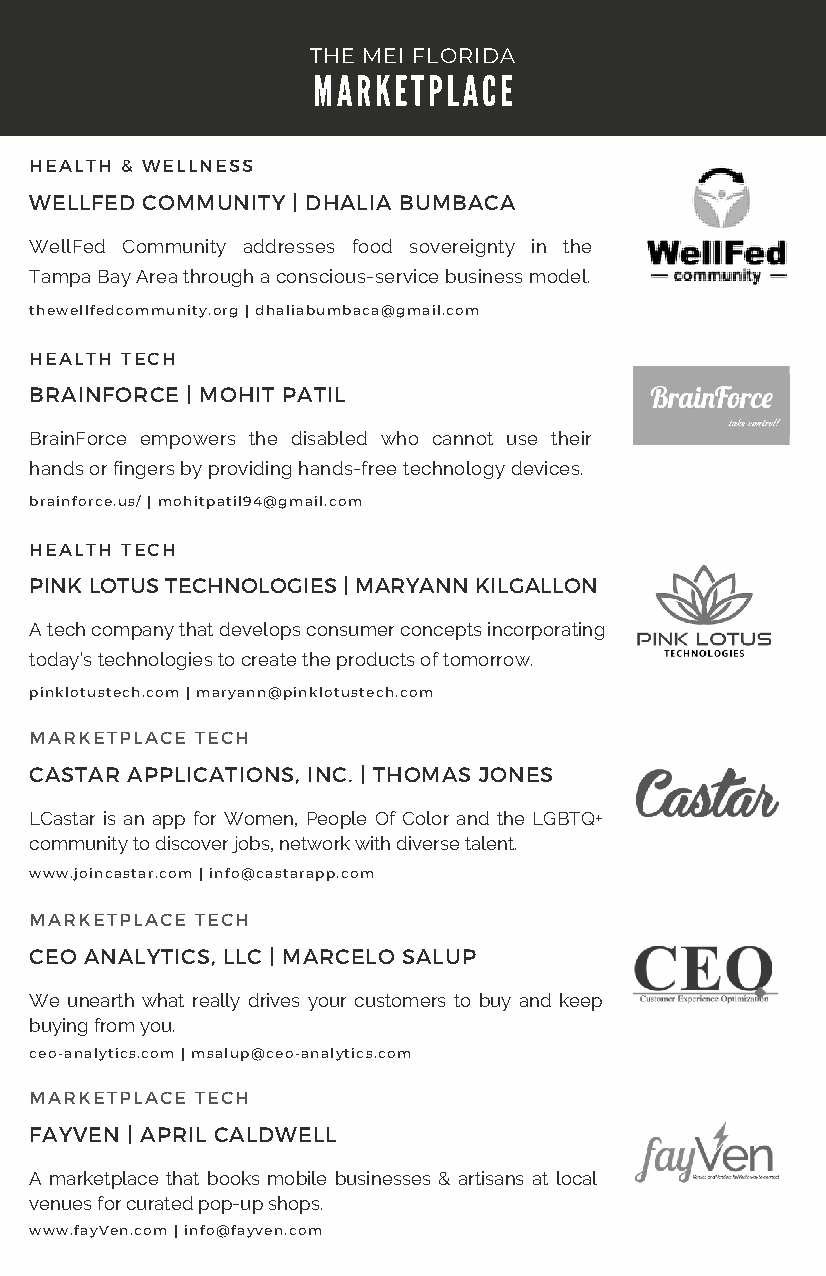
THE MEI FLORIDA
 MARKETPLACE
 HEALTH & WELLNESS
 WELLFED COMMUNITY | DHALIA BUMBACA
 WellFed Community addresses food sovereignty in the
 Tampa Bay Area through a conscious-service business model.
 thewellfedcommunity.org | dhaliabumbaca@gmail.com
 HEALTH TECH
 BRAINFORCE | MOHIT PATIL
 BrainForce empowers the disabled who cannot use their
 hands or fingers by providing hands-free technology devices.
 brainforce.us/ | mohitpatil94@gmail.com
 HEALTH TECH
 PINK LOTUS TECHNOLOGIES | MARYANN KILGALLON
 A tech company that develops consumer concepts incorporating
 today’s technologies to create the products of tomorrow.
 pinklotustech.com | maryann@pinklotustech.com
 MARKETPLACE TECH
 CASTAR APPLICATIONS, INC. | THOMAS JONES
 LCastar is an app for Women, People Of Color and the LGBTQ+
 community to discover jobs, network with diverse talent.
 www.joincastar.com | info@castarapp.com
 MARKETPLACE TECH
 CEO ANALYTICS, LLC | MARCELO SALUP
 We unearth what really drives your customers to buy and keep
 buying from you.
 ceo-analytics.com | msalup@ceo-analytics.com
 MARKETPLACE TECH
 FAYVEN | APRIL CALDWELL
 A marketplace that books mobile businesses & artisans at local
 venues for curated pop-up shops.
 www.fayVen.com | info@fayven.com